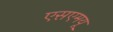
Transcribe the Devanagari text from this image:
एसएमयू